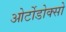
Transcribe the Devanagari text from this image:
ओर्टोडोक्सो